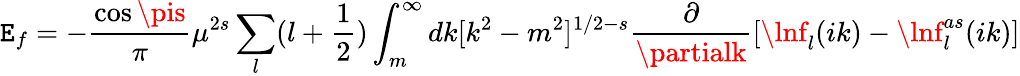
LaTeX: \mathtt{E}_{f}=-{\frac{{\cos{\pis}}}{{\pi}}}\mu^{2s}\sum_{l}(l+\frac{1}{2})\int_{m}^{\infty}dk[k^{2}-m^{2}]^{1/2-s}\frac{{\partial}}{{\partialk}}[\lnf_{l}(ik)-\lnf_{l}^{as}(ik)]